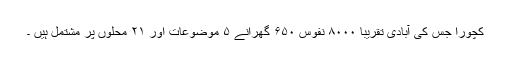
کچورا جس کی آبادی تقریبا ۸۰۰۰ نفوس ۶۵۰ گھرانے ۵ موضوعات اور ۲۱ محلوں پر مشتمل ہیں ۔